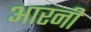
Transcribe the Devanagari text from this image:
आरनी